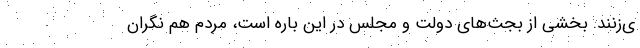
ی‌زنند. بخشی از بجث‌های دولت و مجلس در این باره است، مردم هم نگران